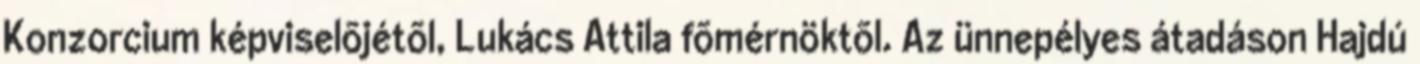
Konzorcium képviselõjétõl, Lukács Attila fõmérnöktõl. Az ünnepélyes átadáson Hajdú